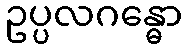
ဥပ္ပလဂန္ဓော